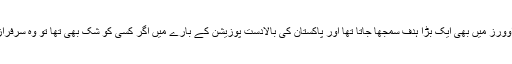
267 رنز اس زمانے میں، 60 اوورز میں بھی ایک بڑا ہدف سمجھا جاتا تھا اور پاکستان کی بالادست پوزیشن کے بارے میں اگر کسی کو شک بھی تھا تو وہ سرفراز نواز کی باؤلنگ سے ختم ہوگیا۔